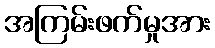
အကြမ်းဖက်မှုအား